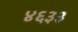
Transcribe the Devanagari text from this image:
४६३३